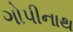
ગોપીનાથ